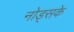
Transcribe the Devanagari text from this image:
नोड्सके